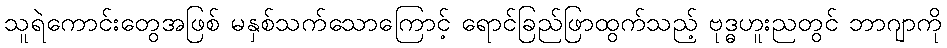
သူရဲကောင်းတွေအဖြစ် မနှစ်သက်သောကြောင့် ရောင်ခြည်ဖြာထွက်သည့် ဗုဒ္ဓဟူးညတွင် ဘာဂျာကို